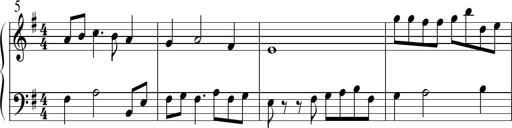
Title: Sonatine No.1 in E minor
Composer: Klaus Jung
Key: E minor